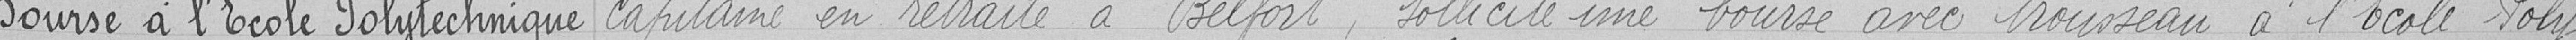
Bourse à l'Ecole Polytechnique capitaine en retraite à Belfort, sollicite une bourse avec trousseau à l'Ecole Poly